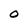
Character: O